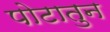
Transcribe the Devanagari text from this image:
पोटातुन